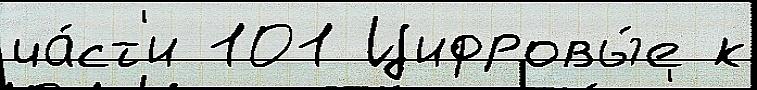
ча́ст'и 101 Цифровы́е к